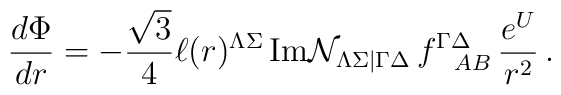
\frac{d \Phi}{dr}= -\frac{\sqrt{3}}{4 }\ell(r)^{\Lambda\Sigma}\, {\rm Im}{\cal N}_{\Lambda\Sigma|\Gamma\Delta}\, f^{\Gamma\Delta}_{~~AB}\,\frac{e^U}{r^2}\, .